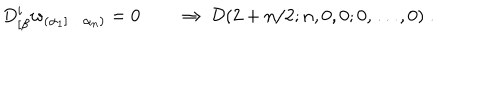
D _ { [ \beta } ^ { i } w _ { ( \alpha _ { 1 } ] \ldots \alpha _ { n } ) } = 0 \qquad \Rightarrow \ { \cal D } ( 2 + n / 2 ; n , 0 , 0 ; 0 , \ldots , 0 ) \; .